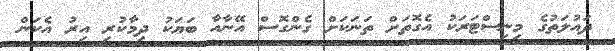
ދައުލަތުގެ މިނިސްޓަރަކު އެގޮތަށް ތަނަކަށް ގެންގޮސް އޭނާއާ ބަޔަކު ދިމާކުރި އިރު އެކަން